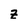
Character: z